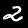
Digit: 2